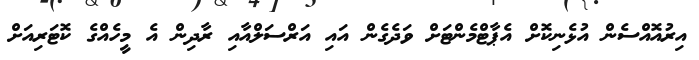
އިރުއޮއްސެން އުޅެނިކޮށް އެޕާޓްމެންޓަށް ވަދެގެން އައި އަރްސަލްއާއި ރާދިން އެ މީހެއްގެ ކޮޓަރިއަށް